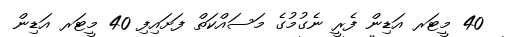
40 މީޓަރ އަޑިން ފެރީ ނެގުމުގެ މަސައްކަތް ފަށައިފި 40 މީޓަރ އަޑިން